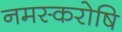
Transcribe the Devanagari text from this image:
नमस्करोषि